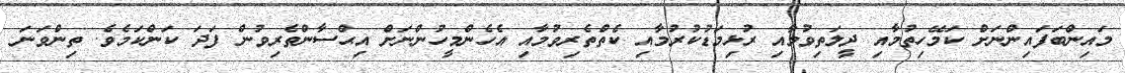
މައިންބަފައިންނަށް ކަމޭހިތުމާއި ދީލަތިވުމާއި ރުޅިމަޑުކުރުމާއި ކެތްތެރިވުމާއި އެހެންމީހުންނަށް އިޙްސާންތެރިވުން ފަދަ ކަންކަމެވެ. ތިންވަނަ